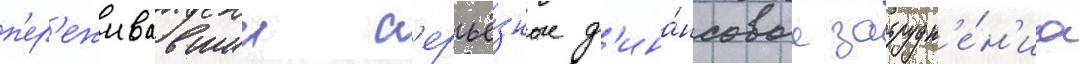
п'ер'еживавшии с'ерьё́зные ф'ина́нсовые затрудн'е́н'иа